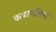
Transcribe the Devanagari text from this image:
कबायलियों